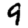
Digit: 9